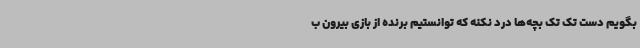
بگویم دست تک تک بچه‌ها درد نکنه که توانستیم برنده از بازی بیرون ب